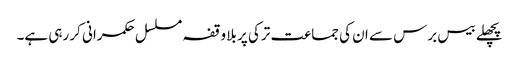
پچھلے بیس برس سے ان کی جماعت ترکی پر بلا وقفہ مسلسل حکمرانی کر رہی ہے۔